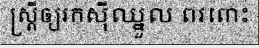
ស្ត្រីឲ្យរកស៊ីឈ្នួល ពរពោះ